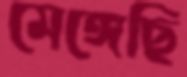
মেঙ্গেছি